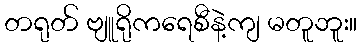
တရုတ် ဗျူရိုကရေစီနဲ့ကျ မတူဘူး။